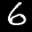
Label: 6